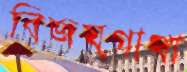
বিজয়গাথা